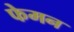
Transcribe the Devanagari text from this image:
फेमन